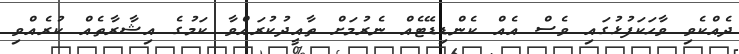
ދެއްކެވި ވާހަކަފުޅުގައި ވެސް އެއް ކެންޑިޑޭޓެއް ނެރުމަށް ތާއީދުކުރައްވާ ކަމުގެ އިޝާރާތެއް ކުރެއްވި